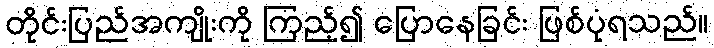
တိုင်းပြည်အကျိုးကို ကြည့်၍ ပြောနေခြင်း ဖြစ်ပုံရသည်။